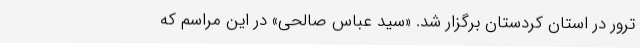
ترور در استان کردستان برگزار شد. «سید عباس صالحی» در این مراسم که